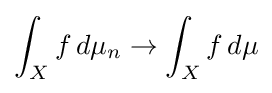
\int _{X}f\,d\mu _{n}\rightarrow \int _{X}f\,d\mu